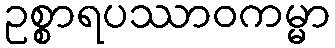
ဥစ္စာရပဿာဝကမ္မာ